Leningradi_Edasi_toimetus, lk 37
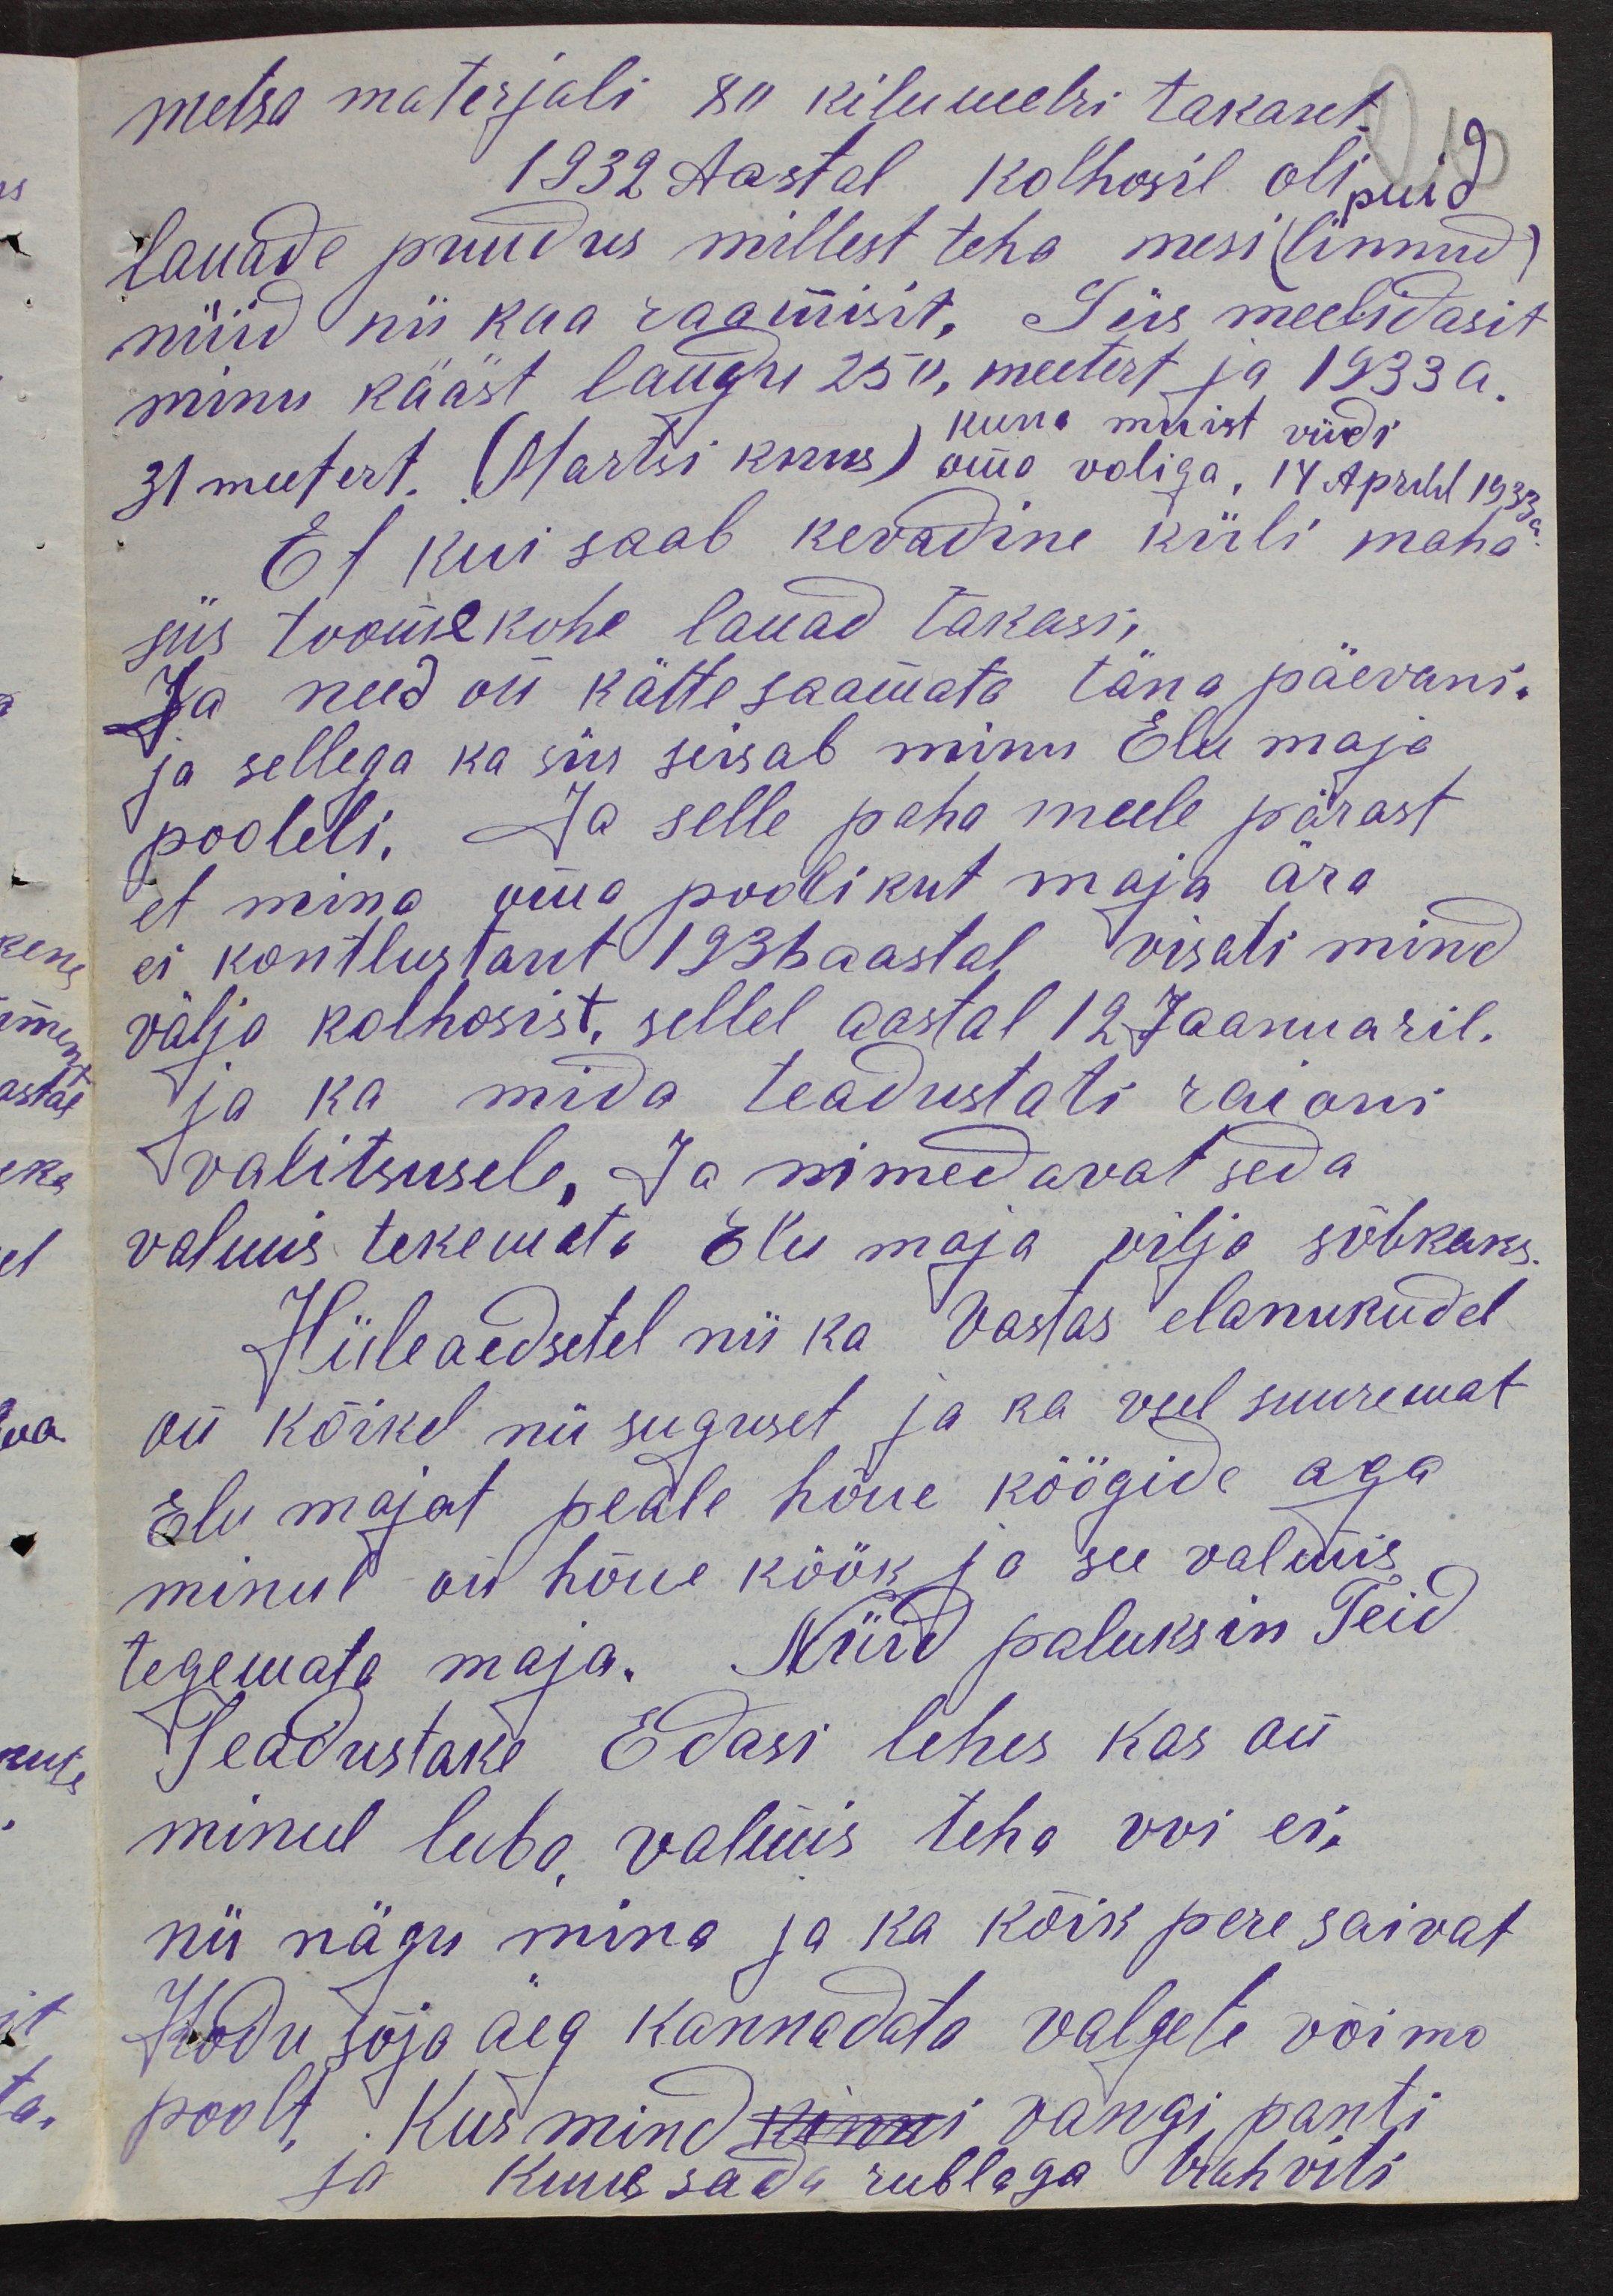
metsa materjali 80 kilumetri takant
1932 aastal kolhoosil oli
puid
lauade puudus millest teha mesi (linnud)
nüüd nii kaa raamisit. Siis meelidasit
minu kääst laudu 250, meetert ja 1933 a.
kuna muist viidi
31 meetert. (Martsi kuus) oma voliga, 14 Aprill 1933.
Et kui saab kevadine küli maha
siis toome kohe lauad takasi,
Ja need on kätte saamata täna päevani.
ja sellega ka siis seisab minu Elu maja
pooleli. Ja selle paha meele pärast
et mina oma poolikut maja ära
ei kontlustant 1936 aastal visati mind
välja kolhoosist, sellel aastal 12. Jaanuaril.
ja ka mida teadustati raiani
valitsusele, Ja nimedavat seda
valmis tekemata Elu maja vilja sõbraks.
Hüleaedsetel nii ka vastas elanukudel
on kõikel nii suguset ja ka veel suuremat
Elu majat peale hõue köögide aga
minul on hõue köök ja see valmis
tegemata maja. Nüid paluksin Teid
Teadustake Edasi lehes kas on
minul luba valmis teha või ei,
nii nägu mina ja ka kõik pere saivat
Kodu sõja aeg kannadata valgele võimo
poolt, Kus mind kinni vangi panti
ja kuusada rublaga trahviti